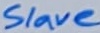
Text: Slave